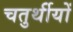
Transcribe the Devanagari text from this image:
चतुर्थीयों